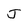
Character: J